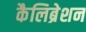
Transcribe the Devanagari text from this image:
कैलिब्रेशन